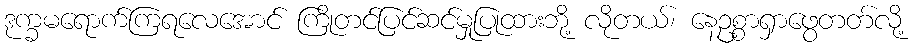
ဒုက္ခမရောက်ကြရလေအောင် ကြိုတင်ပြင်ဆင်မှုပြုထားဘို့ လိုတယ်၊ နေဥစ္စာရှာဖွေတတ်လို့